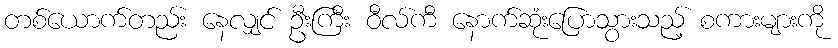
တစ်ယောက်တည်း နေလျှင် ဦးကြီး ဝီလ်ကီ နောက်ဆုံးပြောသွားသည့် စကားများကို